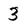
Character: 3